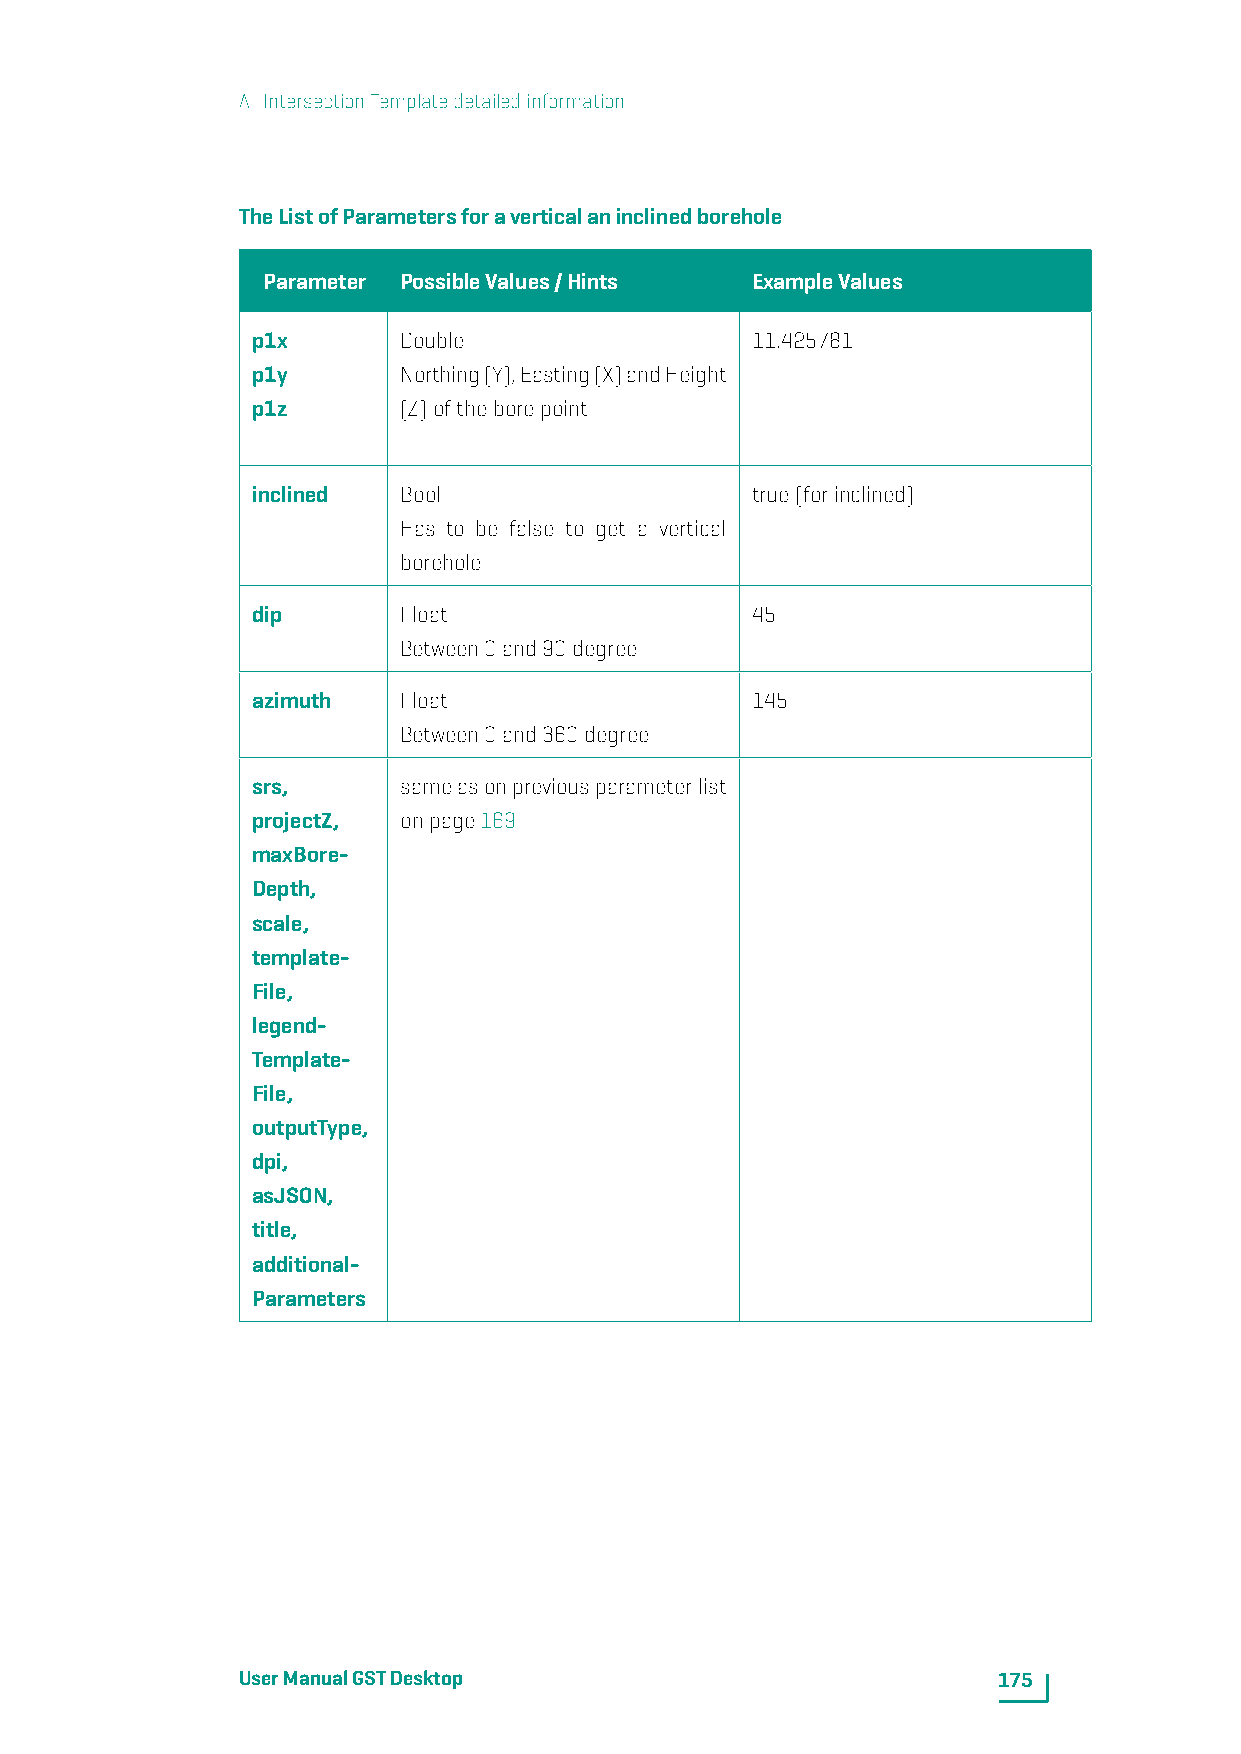
A. IntersectionTemplatedetailedinformation
 TheListofParametersforaverticalaninclinedborehole
 Parameter PossibleValues/Hints   ExampleValues
 p1x      Double                  11.425781
 p1y      Northing(Y),Easting(X)andHeight
 p1z      (Z)oftheborepoint
 inclined Bool                    true(forinclined)
 Has to be false to get a vertical
 borehole
 dip      Float                   45
 Between0and90degree
 azimuth  Float                   145
 Between0and360degree
 srs,     sameasonpreviousparameterlist
 projectZ, onpage169
 maxBore-
 Depth,
 scale,
 template-
 File,
 legend-
 Template-
 File,
 outputType,
 dpi,
 asJSON,
 title,
 additional-
 Parameters
 UserManualGSTDesktop                              175